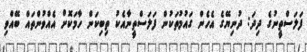
ފަލަސްތީނުގެ ދިދަ: ދުނިޔޭގެ އެހެން ގައުމުތަކުން ފަލަސްތީނާއެކު ތިބިކަން ހާމަކޮށް އެއްވުންތައް ބޭއްވި